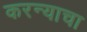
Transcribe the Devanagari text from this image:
करन्याचा